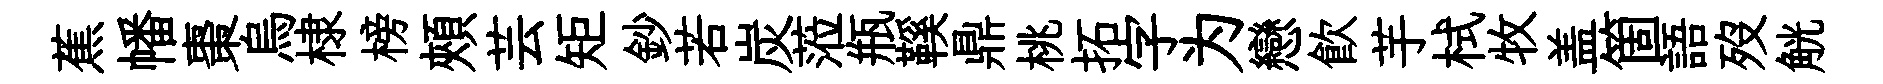
蕉幡棗烏棣榜頰芸矩鈔若炭蒞瓶鞵鼎桃拓字为戀飮芋栻牧盖箇語歿觥